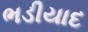
ભડીયાદ